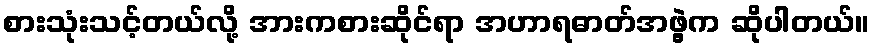
စားသုံးသင့်တယ်လို့ အားကစားဆိုင်ရာ အဟာရဓာတ်အဖွဲ့က ဆိုပါတယ်။